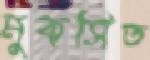
মুকসিত